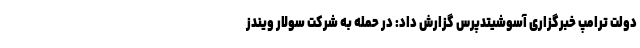
دولت ترامپ خبرگزاری آسوشیتدپرس گزارش داد: در حمله به شرکت سولار ویندز